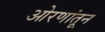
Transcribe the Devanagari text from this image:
ओरणांतून